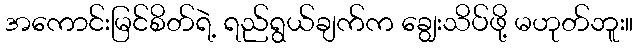
အကောင်းမြင်စိတ်ရဲ့ ရည်ရွယ်ချက်က ချွေးသိပ်ဖို့ မဟုတ်ဘူး။